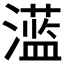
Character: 𱩪